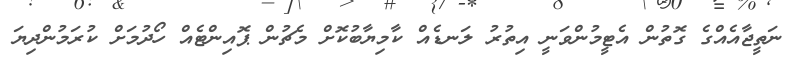
ނަތީޖާއެއްގެ ގޮތުން އެޓީމުންވަނީ އިތުރު ލަނޑެއް ކާމިޔާބުކޮށް މެޗުން ޕޮއިންޓެއް ހޯދުމަށް ކުރަމުންދިޔަ